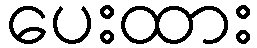
ပေးထား